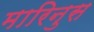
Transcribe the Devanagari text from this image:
मारिनुस